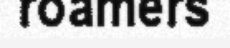
roamers